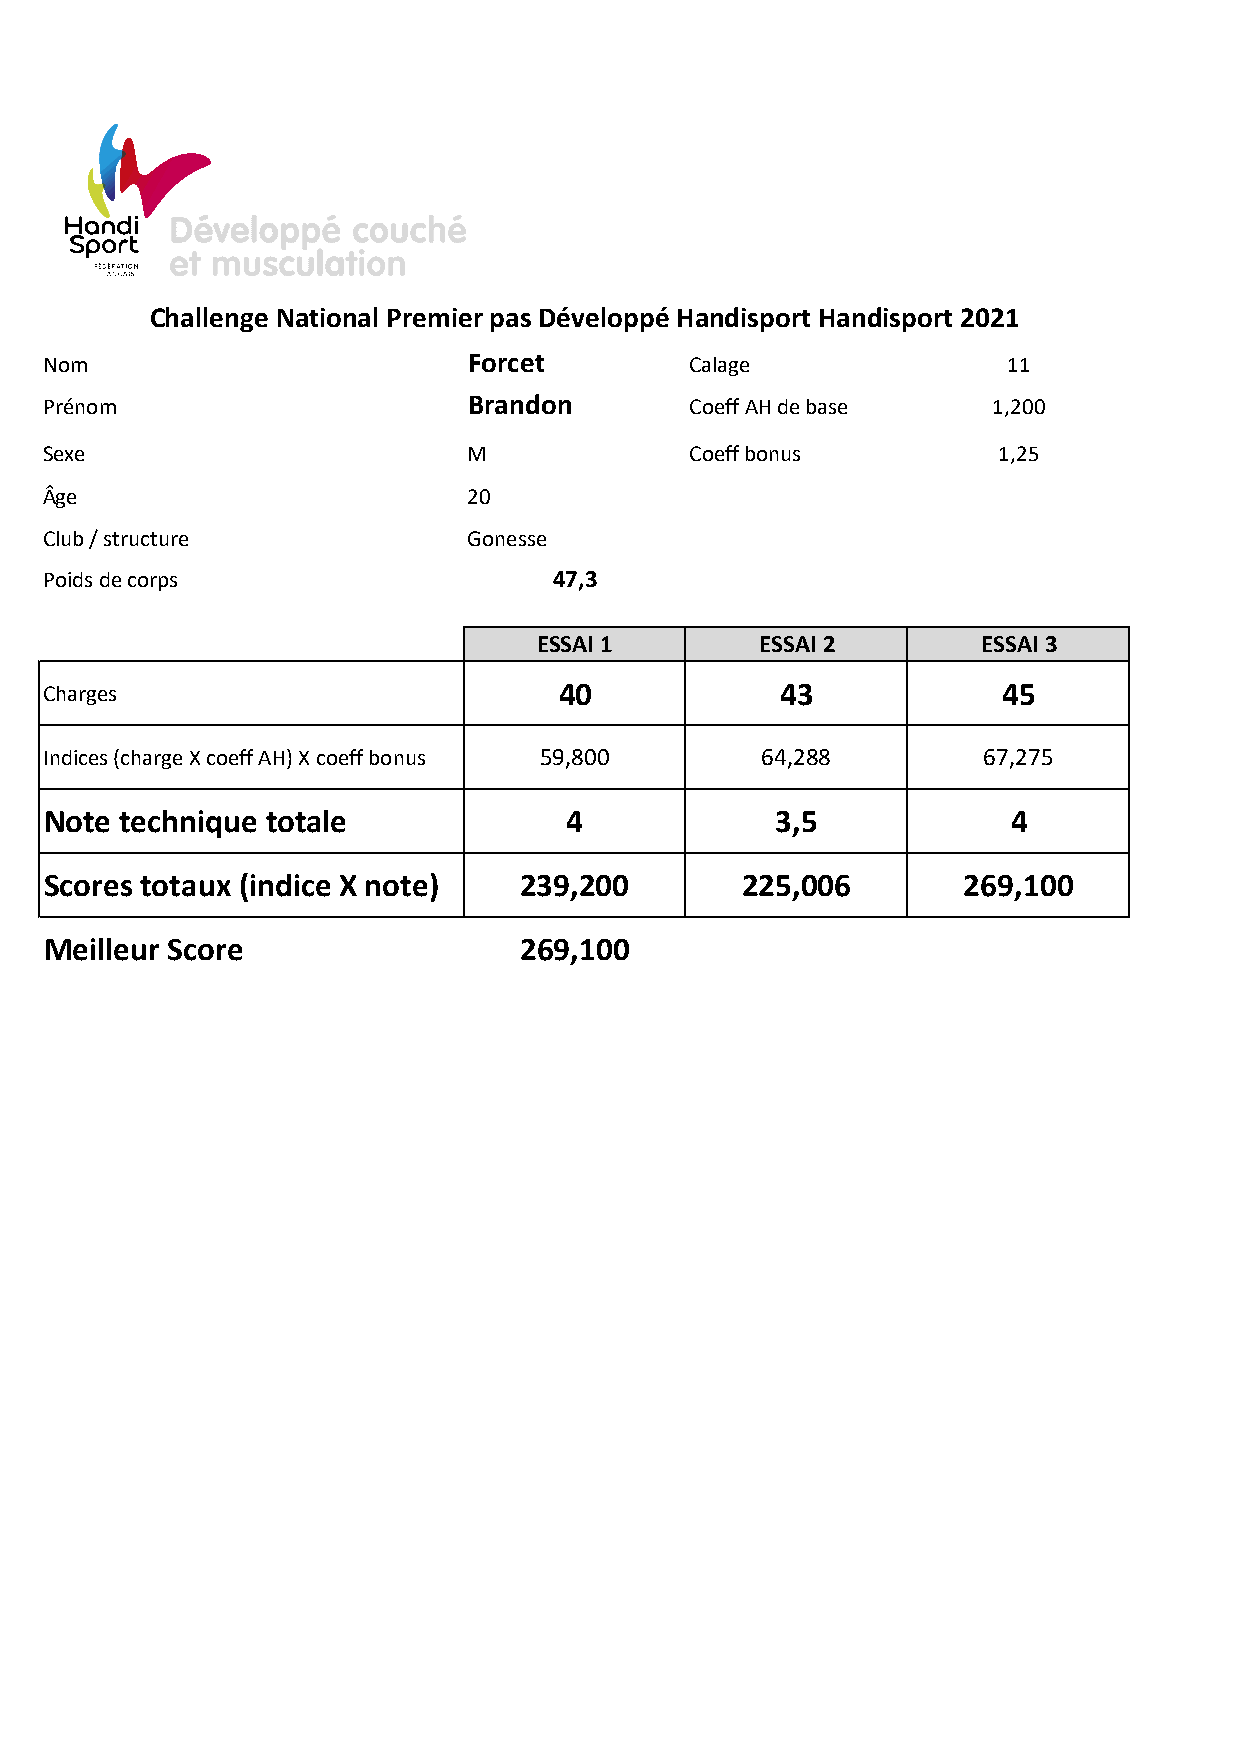
Challenge National Premier pas Développé Handisport Handisport 2021
 Nom                         Forcet         Calage               11
 Prénom                      Brandon        Coeff AH de base    1,200
 Sexe                        M              Coeff bonus         1,25
 Âge                         20
 Club / structure            Gonesse
 Poids de corps                    47,3
 ESSAI 1       ESSAI 2        ESSAI 3
 Charges                           40             43            45
 Indices (charge X coeff AH) X coeff bonus 59,800 64,288       67,275
 Note technique totale              4            3,5             4
 Scores totaux (indice X note)  239,200        225,006        269,100
 Meilleur Score                 269,100